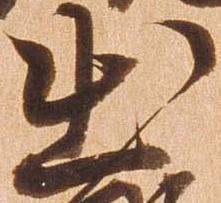
出